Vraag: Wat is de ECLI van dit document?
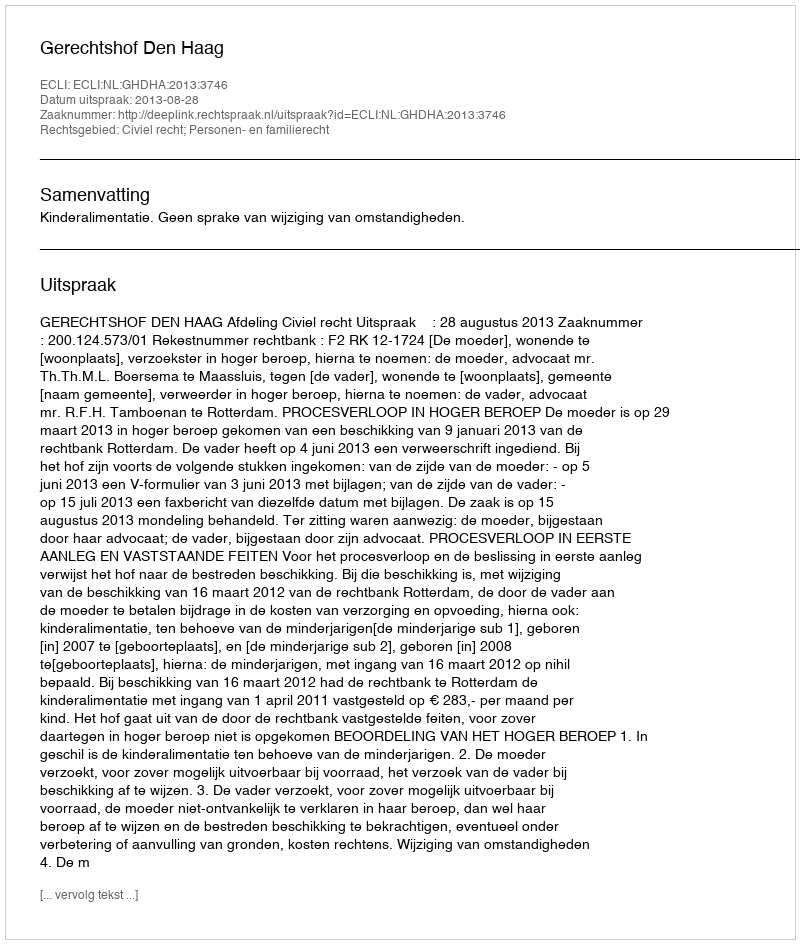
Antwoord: ECLI:NL:GHDHA:2013:3746